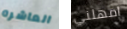
العاشره امهلني